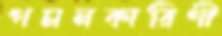
গমনকারিণী